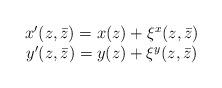
LaTeX: \begin{align*}\begin{array}{c}x'(z,\bar{z})=x(z)+\xi^x(z,\bar{z})\\y'(z,\bar{z})=y(z)+\xi^y(z,\bar{z})\end{array}\end{align*}